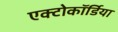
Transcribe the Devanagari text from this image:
एक्टोकॉर्डिया